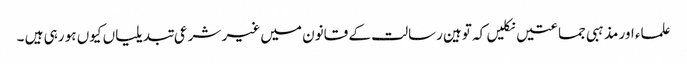
علماء اور مذہبی جماعتیں نکلیں کہ توہین رسالت کے قانون میں غیر شرعی تبدیلیاں کیوں ہو رہی ہیں ۔